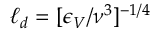
\ell _ { d } = [ \epsilon _ { V } / \nu ^ { 3 } ] ^ { - 1 / 4 }